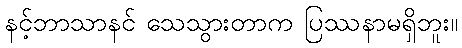
နင့်ဘာသာနင် သေသွားတာက ပြဿနာမရှိဘူး။